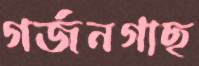
গর্জনগাছ